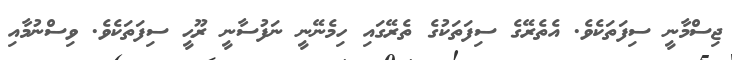
ޖިސްމާނީ ސިފަތަކެވެ. އެތެރޭގެ ސިފަތަކުގެ ތެރޭގައި ހިމެނޭނީ ނަފުސާނީ ރޫޙީ ސިފަތަކެވެ. ވިސްނުމާއި